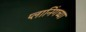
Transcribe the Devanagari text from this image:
प्लानिंगच्या